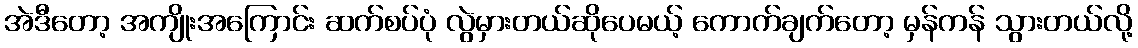
အဲဒီတော့ အကျိုးအကြောင်း ဆက်စပ်ပုံ လွဲမှားတယ်ဆိုပေမယ့် ကောက်ချက်တော့ မှန်ကန် သွားတယ်လို့